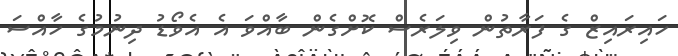
ހައިރައިޒް ގެ ފަރާތުން ވިލަރެސް ކޮށްގެން ބާއްވަ އެ އެވޯޑު ދިނުމުގެ ހާއްސަ